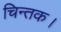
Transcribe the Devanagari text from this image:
चिन्तक।